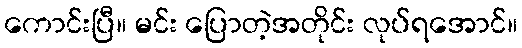
ကောင်းပြီ။ မင်း ပြောတဲ့အတိုင်း လုပ်ရအောင်။